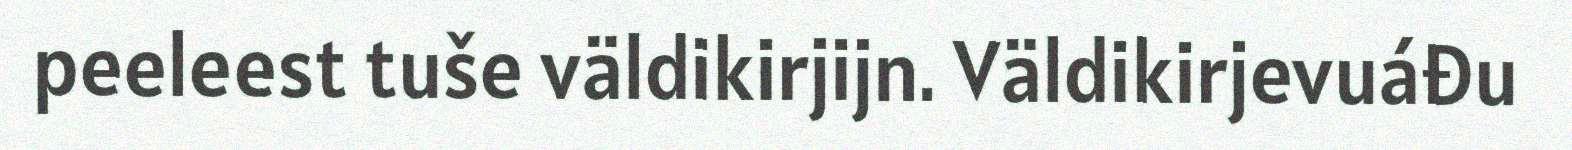
peeleest tuše väldikirjijn. Väldikirjevuáđu